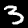
Label: 3